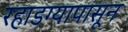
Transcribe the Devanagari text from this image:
रहाडग्यापासून